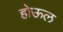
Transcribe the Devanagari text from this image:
होऊल